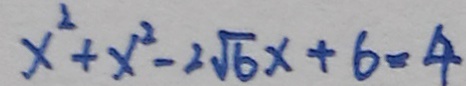
x ^ { 2 } + x ^ { 2 } - 2 \sqrt { 6 } x + 6 = 4